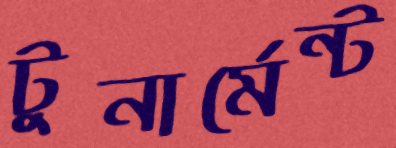
টুনার্মেন্ট